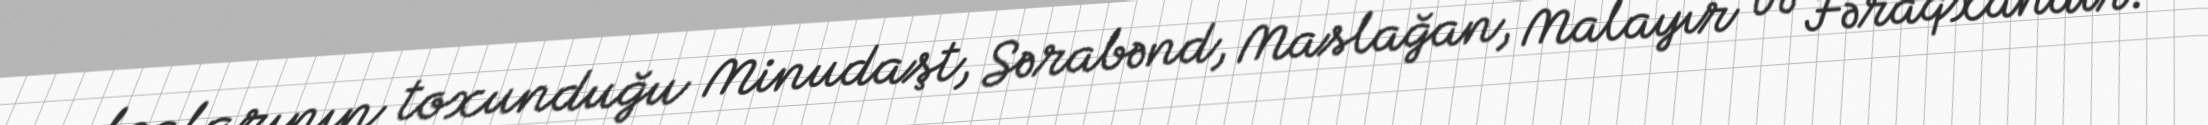
xalçalarının toxunduğu Minudaşt, Sərabənd, Maslağan, Malayır və Fəraqxandır.